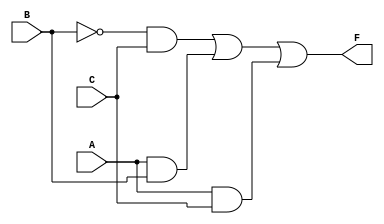
module EssentialPrimeImplicants (
    input wire A,  // Input A
    input wire B,  // Input B
    input wire C,  // Input C
    output wire F  // Output F
);

    // Define the function based on the minterms
    // Minterms: 1 (001), 3 (011), 5 (101), 7 (111)
    // The simplified expression based on essential prime implicants:
    // F = B'C + AB + AC
    wire AB, AC, B_not, A_not, C_not;

    // Generate necessary signals
    assign A_not = ~A;
    assign B_not = ~B;
    assign C_not = ~C;

    // Implement the required terms for the output
    assign AB = A & B;          // AB
    assign AC = A & C;          // AC
    assign F = (B_not & C) | AB | AC; // F = B'C + AB + AC

endmodule